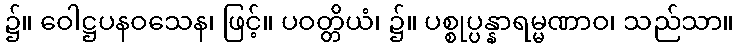
၌။ ဝေါဋ္ဌပနဝသေန၊ ဖြင့်။ ပဝတ္တိယံ၊ ၌။ ပစ္စုပ္ပန္နာရမ္မဏာဝ၊ သည်သာ။